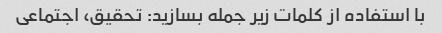
با استفاده از کلمات زیر جمله بسازید: تحقیق، اجتماعی